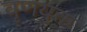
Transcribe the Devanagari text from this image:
वृणयुक्त